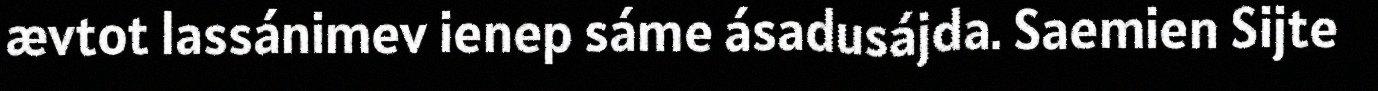
ævtot lassánimev ienep sáme ásadusájda. Saemien Sijte